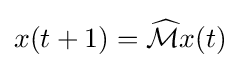
x(t+1)={\widehat {\mathcal {M}}}x(t)